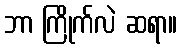
ဘာ ကြိုက်လဲ ဆရာ။